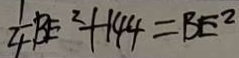
\frac { 1 } { 4 } B E ^ { 2 } + 1 4 4 = B E ^ { 2 }